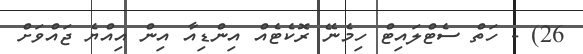
26) - ހަތް ސެޓްލައިޓް ހިމެނޭ ރޮކެޓެއް އިންޑިއާ އިން އިއްޔެ ޖައްވަށް